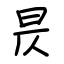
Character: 昃